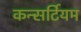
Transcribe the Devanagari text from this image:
कन्सर्टियम